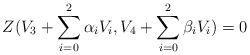
LaTeX: \begin{align*}Z (V_3 + \sum_{i=0}^2 \alpha_i V_i,V_4 + \sum_{i=0}^2 \beta_i V_i) = 0\end{align*}